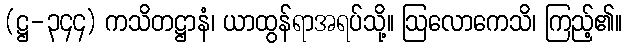
(ဋ္ဌ-၃၄၄) ကသိတဋ္ဌာနံ၊ ယာထွန်ရာအရပ်သို့။ ဩလောကေသိ၊ ကြည့်၏။